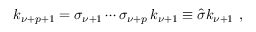
k _ { \nu + p + 1 } = \sigma _ { \nu + 1 } \cdots \sigma _ { \nu + p } \, k _ { \nu + 1 } \equiv \hat { \sigma } k _ { \nu + 1 } \ ,